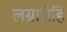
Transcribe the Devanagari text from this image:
लग्नाचेहि